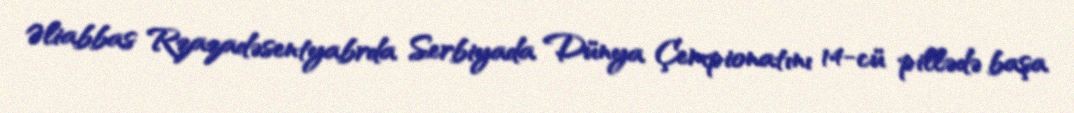
Əliabbas Rzazadəsentyabrda Serbiyada Dünya Çempionatını 14-cü pillədə başa